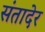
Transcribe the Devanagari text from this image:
संतादेर